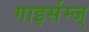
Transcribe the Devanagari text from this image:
गाइर्सम्ज्